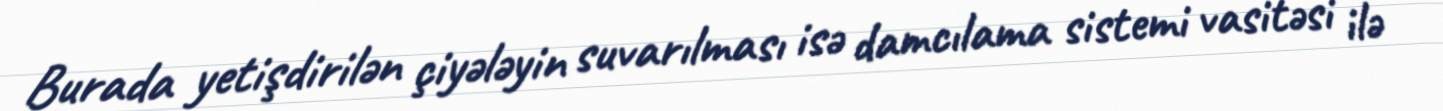
Burada yetişdirilən çiyələyin suvarılması isə damcılama sistemi vasitəsi ilə